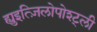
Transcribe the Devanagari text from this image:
ह्युइत्ज़िलोपोश्ट्ली